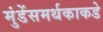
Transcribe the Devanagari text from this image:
मुंडेंसमर्थकाकडे